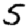
Digit: 5